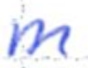
Text: m
Cross-out: clean
Writing tool: ballpoint